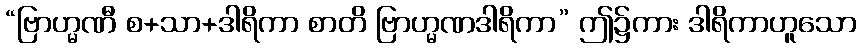
“ဗြာဟ္မဏီ စ+သာ+ဒါရိကာ စာတိ ဗြာဟ္မဏဒါရိကာ” ဤ၌ကား ဒါရိကာဟူသော